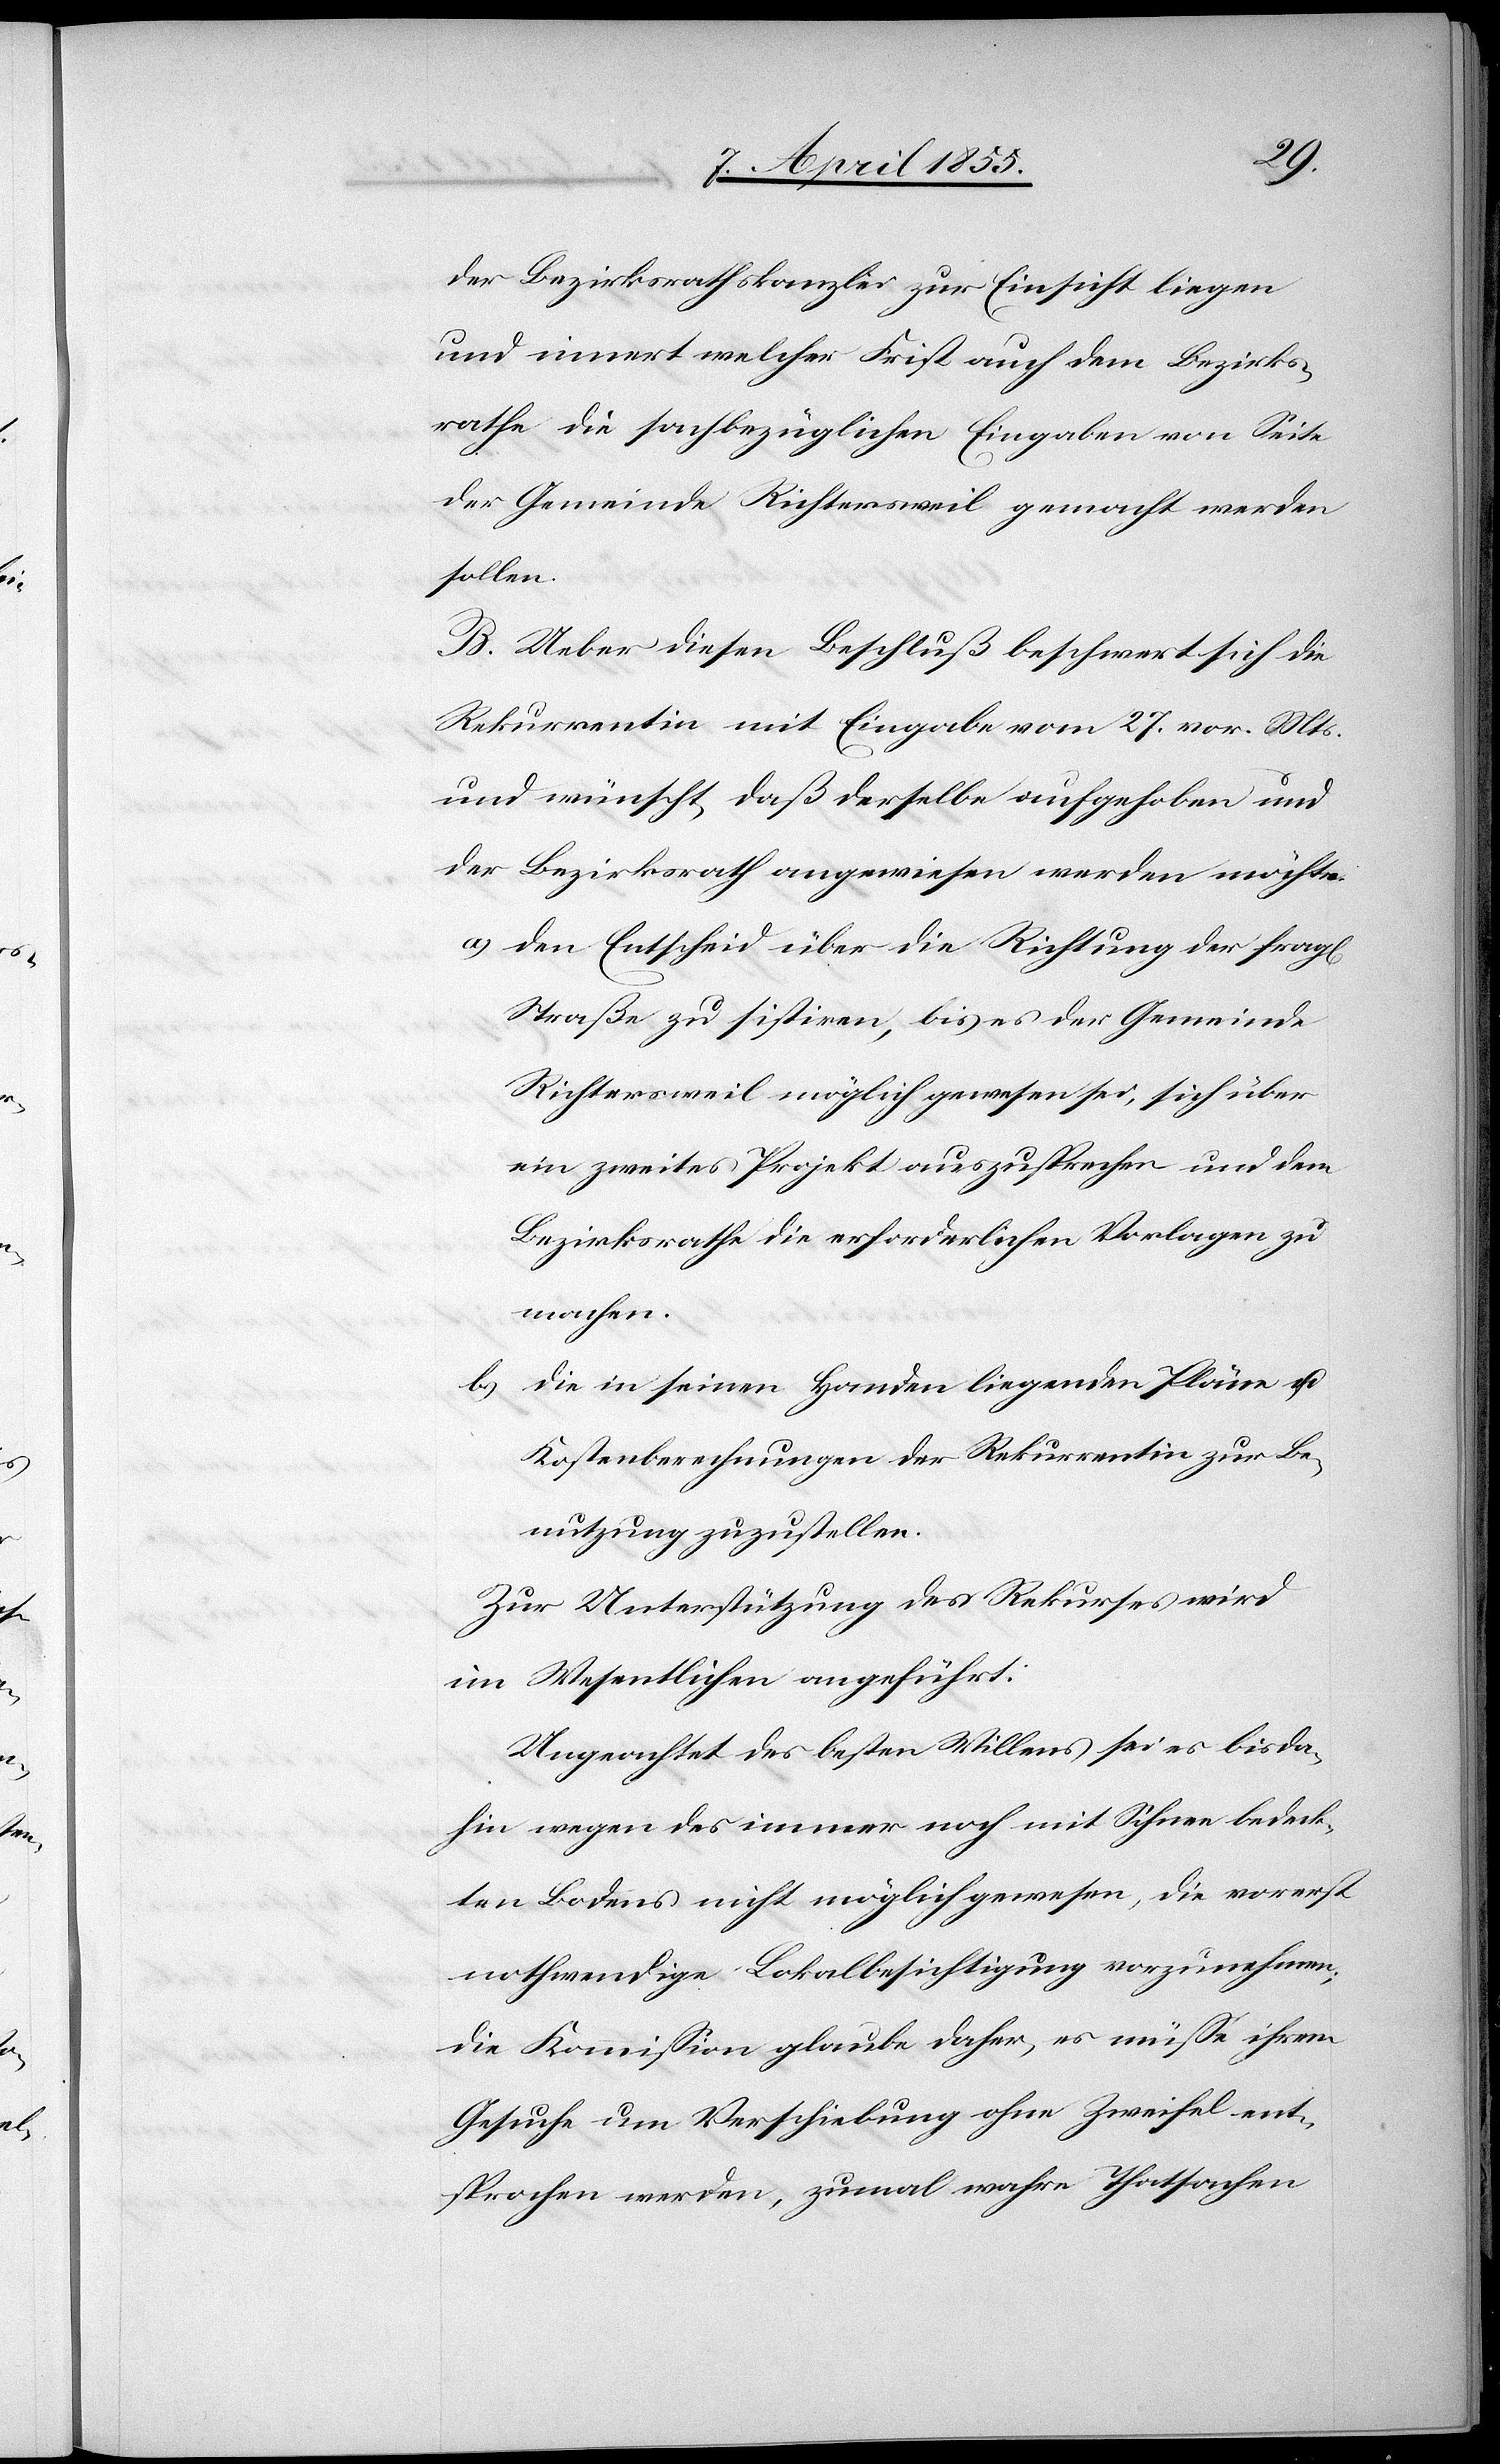
der Bezirksrathskanzlei zur Einsicht liegen
und innert welcher Frist auch dem Bezirks¬
rathe die sachbezüglichen Eingaben von Seite
der Gemeinde Richtersweil gemacht werden
sollen.
B. Ueber diesen Beschluß beschwert sich die
Rekurrentin mit Eingabe vom 27. vor. Mts.
und wünscht, daß derselbe aufgehoben und
der Bezirksrath angewiesen werden möchte
den Entscheid über die Richtung der fragl[ichen]
Straße zu sistiren, bis es der Gemeinde
Richtersweil möglich gewesen sei, sich über
ein zweites Projekt auszusprechen und dem
Bezirksrathe die erforderlichen Vorlagen zu
machen.
die in seinen Handen liegenden Pläne u.
Kostenberechnungen der Rekurrentin zur Be¬
nutzung zuzustellen.
Zur Unterstützung des Rekurses wird
im Wesentlichen angeführt:
Ungeachtet des besten Willens sei es bisda¬
hin wegen des immer noch mit Schnee bedeck¬
ten Bodens nicht möglich gewesen, die vorerst
nothwendige Lokalbesichtigung vorzunehmen;
die Kommission glaube daher, es müsse ihrem
Gesuche um Verschiebung ohne Zweifel ent¬
sprochen werden, zumal wahre Thatsachen